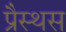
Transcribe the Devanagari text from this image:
प्रैस्थस